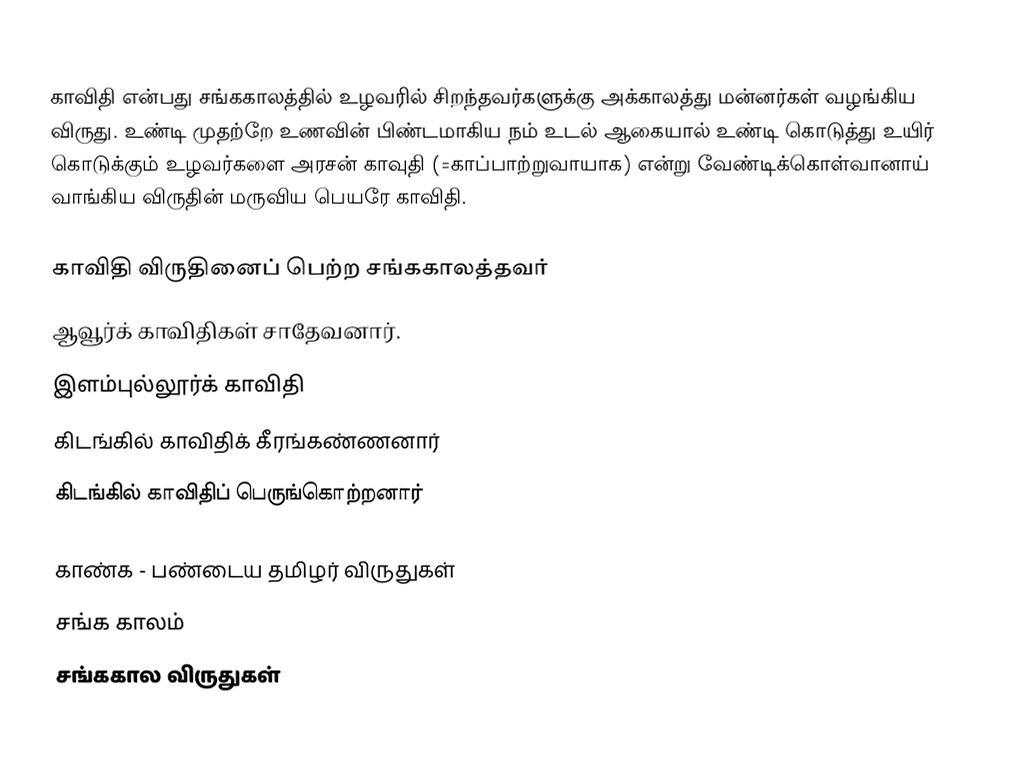
காவிதி என்பது சங்ககாலத்தில் உழவரில் சிறந்தவர்களுக்கு அக்காலத்து மன்னர்கள் வழங்கிய விருது. உண்டி முதற்றே உணவின் பிண்டமாகிய நம் உடல் ஆகையால் உண்டி கொடுத்து உயிர் கொடுக்கும் உழவர்களை அரசன் காவுதி (=காப்பாற்றுவாயாக) என்று வேண்டிக்கொள்வானாய் வாங்கிய விருதின் மருவிய பெயரே காவிதி.

காவிதி விருதினைப் பெற்ற சங்ககாலத்தவர்
 ஆவூர்க் காவிதிகள் சாதேவனார்.
 இளம்புல்லூர்க் காவிதி
 கிடங்கில் காவிதிக் கீரங்கண்ணனார்
 கிடங்கில் காவிதிப் பெருங்கொற்றனார்

 காண்க - பண்டைய தமிழர் விருதுகள்
சங்க காலம்
சங்ககால விருதுகள்